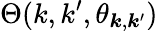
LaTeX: \Theta(k,k^{\prime},\theta_{\boldsymbol{k},\boldsymbol{k}^{\prime}})